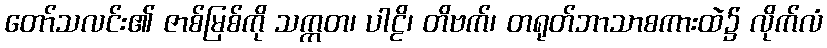
တော်သလင်း၏ ဇာစ်မြစ်ကို သက္ကတ၊ ပါဠိ၊ တိဗက်၊ တရုတ်ဘာသာစကားထဲ၌ လိုက်လံ